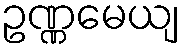
ဥဏ္ဏမေယျ